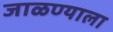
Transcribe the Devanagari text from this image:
जाळण्याला